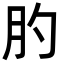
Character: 肑